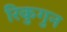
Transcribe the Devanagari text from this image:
रिकुगुन